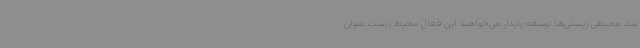
شد. محیطی زیستی‌ها توسعه پایدار می‌خواهند این فعال محیط زیست عنوان